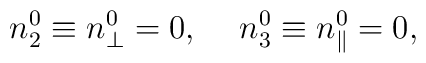
n^0_2\equiv n^0_\perp=0,\hspace*{5mm}n^0_3\equiv n^0_\parallel=0,